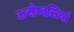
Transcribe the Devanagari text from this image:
असेम्बलियां